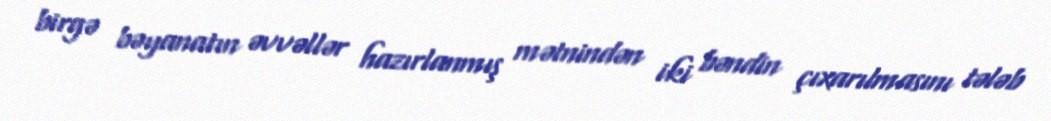
birgə bəyanatın əvvəllər hazırlanmış mətnindən iki bəndin çıxarılmasını tələb